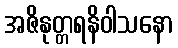
အဇိနုတ္တရနိဝါသနော